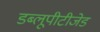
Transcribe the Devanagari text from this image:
डब्लूपीटीजेड